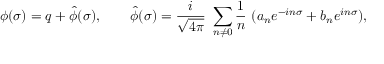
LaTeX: \phi ( \sigma ) = q + \hat { \phi } ( \sigma ) , \qquad \hat { \phi } ( \sigma ) = { \frac i { \sqrt { 4 \pi } } } ~ \sum _ { n \ne 0 } { \frac 1 n } ~ ( a _ { n } e ^ { - i n \sigma } + b _ { n } e ^ { i n \sigma } ) ,